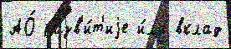
АО́ разв'и́т'иjе и́л'и вклад